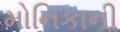
મોનિકાની